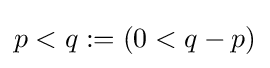
p<q:=(0<q-p)